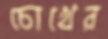
চোখের